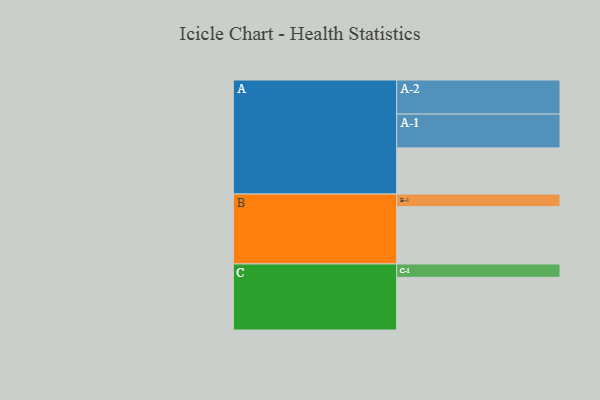
{"axis": {"x": "Segment", "y": "Value"}, "legend": ["", "A", "B", "C"], "data": [{"x": "A", "y": 393, "type": ""}, {"x": "B", "y": 488, "type": ""}, {"x": "C", "y": 448, "type": ""}, {"x": "A-1", "y": 288, "type": "A"}, {"x": "A-2", "y": 290, "type": "A"}, {"x": "B-1", "y": 107, "type": "B"}, {"x": "C-1", "y": 114, "type": "C"}]}